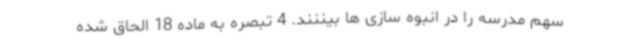
سهم مدرسه را در انبوه سازی ها بیننند. 4 تبصره به ماده 18 الحاق شده